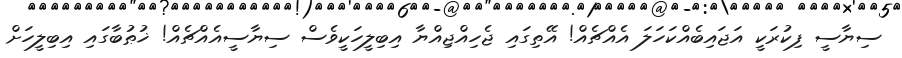
ސިޔާސީ ފިކުރަކީ އަޖައިބެއްކަހަލަ އެއްޗެއް! އޭތިގައި ޖެހިއްޖިއްޔާ އިބިލީހަކީވެސް ސިޔާސީއެއްޗެއް! ޚުޠުބާގައި އިބިލީހަށް